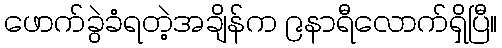
ဖောက်ခွဲခံရတဲ့အချိန်က ၉နာရီလောက်ရှိပြီ။